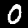
Digit: 0